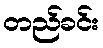
တည်ခင်း